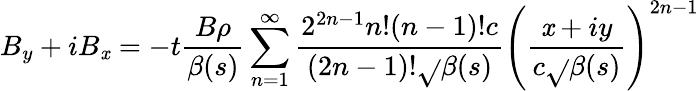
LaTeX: B_{y}+iB_{\mathit{x}}=-t\frac{{B\rho}}{{\beta(s)}}\sum_{n=1}^{\infty}\frac{{2^{2n-1}n!(n-1)!c}}{{(2n-1)!\sqrt{}{{\beta(s)}}}}\left(\frac{{\mathit{x}+iy}}{{c\sqrt{}{{\beta(s)}}}}\right)^{2n-1}